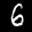
Label: 6